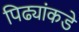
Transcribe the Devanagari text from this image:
पिढ्यांकडे